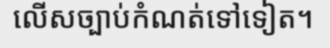
លើសច្បាប់កំណត់ទៅទៀត។